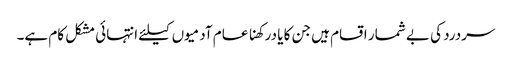
سردرد کی بے شمار اقسام ہیں جن کا یا درکھنا عام آدمیوں کیلئے انتہائی مشکل کام ہے۔